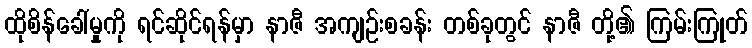
ထိုစိန်ခေါ်မှုကို ရင်ဆိုင်ရန်မှာ နာဇီ အကျဉ်းစခန်း တစ်ခုတွင် နာဇီ တို့၏ ကြမ်းကြုတ်